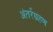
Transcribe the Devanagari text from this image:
अंतर्रग्रहण